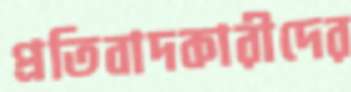
প্রতিবাদকারীদের